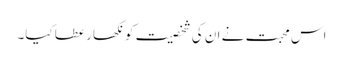
اس محبت نے ان کی شخصیت کو نکھار عطا کیا۔